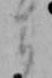
ま